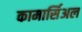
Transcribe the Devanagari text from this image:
कामार्सिअल